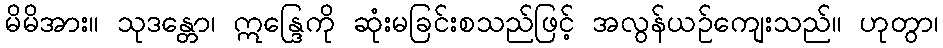
မိမိအား။ သုဒန္တော၊ ဣန္ဒြေကို ဆုံးမခြင်းစသည်ဖြင့် အလွန်ယဉ်ကျေးသည်။ ဟုတွာ၊